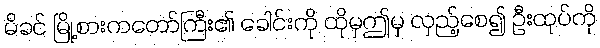
မိခင် မြို့စားကတော်ကြီး၏ ခေါင်းကို ထိုမှဤမှ လှည့်စေ၍ ဦးထုပ်ကို